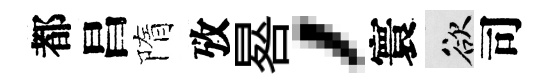
都昌隋攷晷，寰欲司